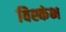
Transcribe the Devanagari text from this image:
विश्कंभ